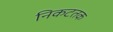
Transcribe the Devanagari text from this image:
निकटतक